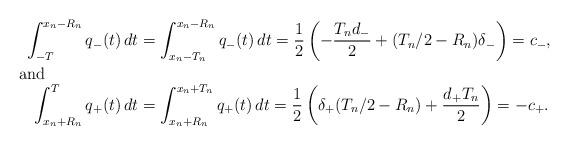
LaTeX: \begin{align*}\int_{-T}^{x_n - R_n} q_{-}(t) \, dt & = \int_{x_n - T_n}^{x_n - R_n} q_{-}(t) \, dt = \frac{1}{2}\left(-\frac{T_n d_{-}}{2} + (T_n/2 - R_n)\delta_{-}\right) =c_{-}, \shortintertext{and}\int_{x_n + R_n}^{T}q_{+}(t) \, dt & = \int_{x_n + R_n}^{x_n + T_n}q_+(t) \,dt = \frac{1}{2}\left(\delta_+ (T_n/2 - R_n) + \frac{d_+ T_n}{2}\right) = -c_+.\end{align*}